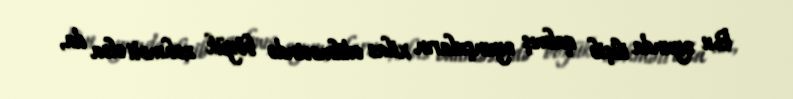
Bu oyunda ilişib qalmış oyunçuların xilas edilməsində böyük zəhməti olsa da,